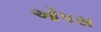
ઓપસ